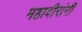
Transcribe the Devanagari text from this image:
महावीरांनी